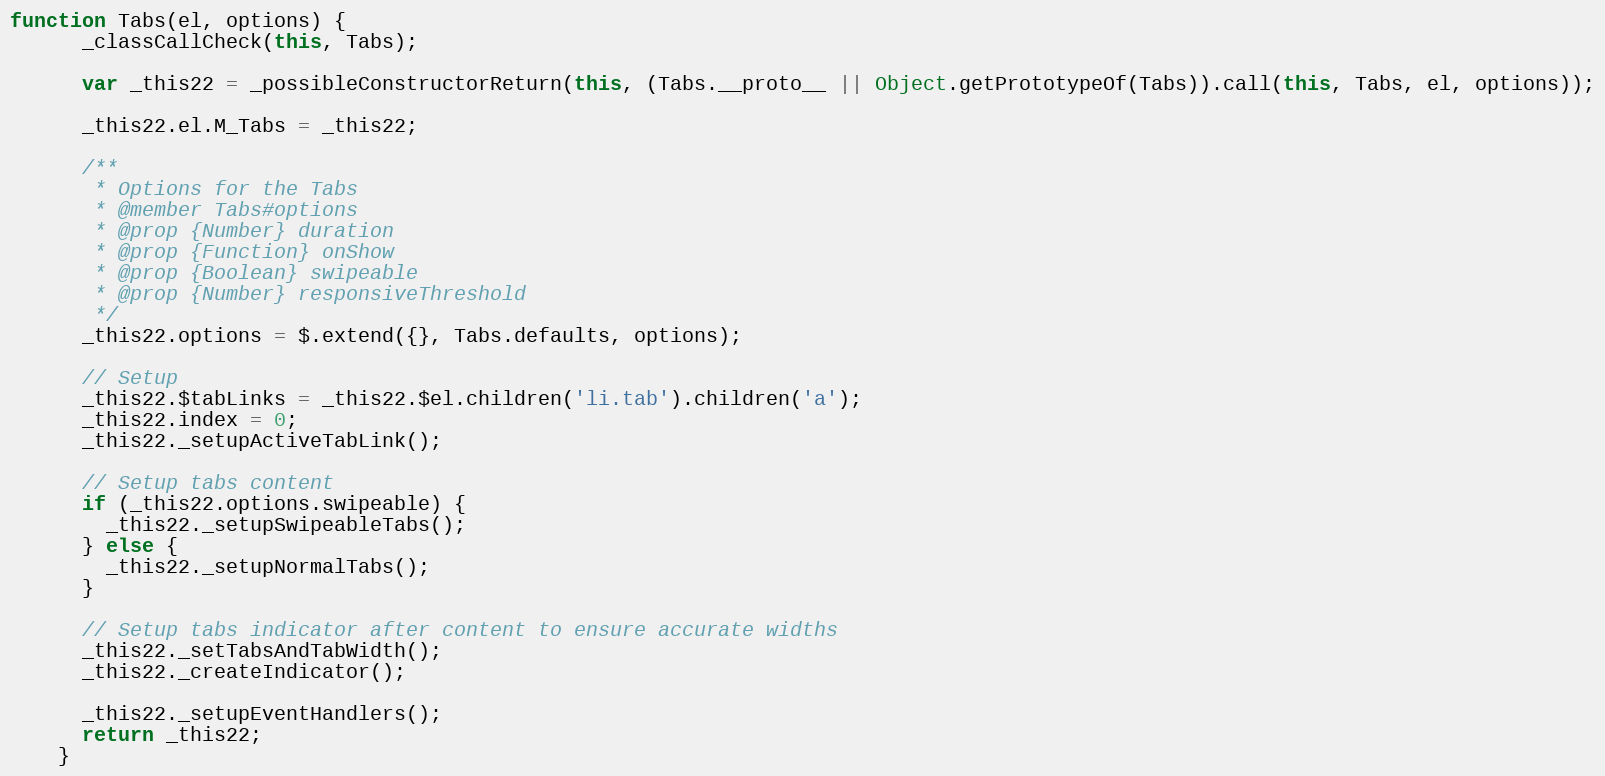
Language: JavaScript
function Tabs(el, options) {
      _classCallCheck(this, Tabs);

      var _this22 = _possibleConstructorReturn(this, (Tabs.__proto__ || Object.getPrototypeOf(Tabs)).call(this, Tabs, el, options));

      _this22.el.M_Tabs = _this22;

      /**
       * Options for the Tabs
       * @member Tabs#options
       * @prop {Number} duration
       * @prop {Function} onShow
       * @prop {Boolean} swipeable
       * @prop {Number} responsiveThreshold
       */
      _this22.options = $.extend({}, Tabs.defaults, options);

      // Setup
      _this22.$tabLinks = _this22.$el.children('li.tab').children('a');
      _this22.index = 0;
      _this22._setupActiveTabLink();

      // Setup tabs content
      if (_this22.options.swipeable) {
        _this22._setupSwipeableTabs();
      } else {
        _this22._setupNormalTabs();
      }

      // Setup tabs indicator after content to ensure accurate widths
      _this22._setTabsAndTabWidth();
      _this22._createIndicator();

      _this22._setupEventHandlers();
      return _this22;
    }